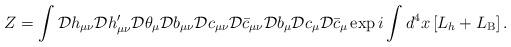
LaTeX: \begin{align*}Z = \int {\cal D}h_{\mu\nu}{\cal D}h_{\mu\nu}'{\cal D}\theta_{\mu}{\cal D}b_{\mu\nu}{\cal D}c_{\mu\nu}{\cal D}\bar{c}_{\mu\nu}{\cal D}b_{\mu}{\cal D}c_{\mu}{\cal D}\bar{c}_{\mu}\exp i\int d^{4}x\left[L_{h} + L_{\rm B}\right] .\end{align*}